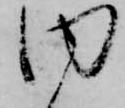
内